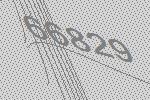
66829